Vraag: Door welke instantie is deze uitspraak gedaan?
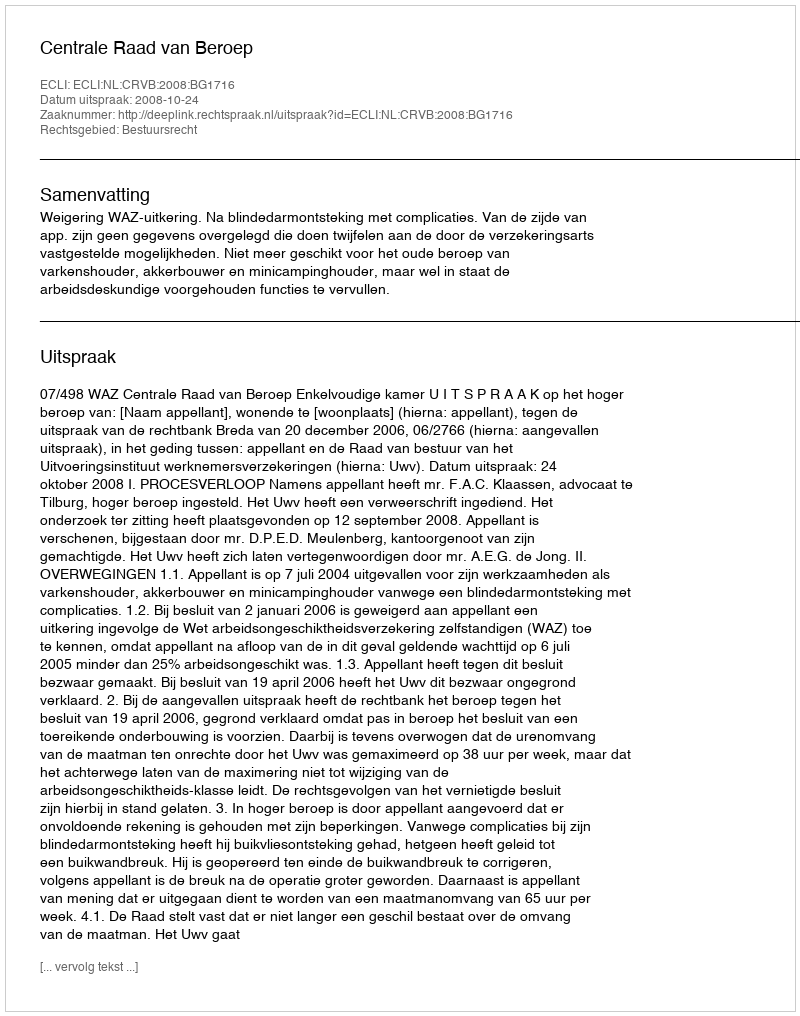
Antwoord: Centrale Raad van Beroep